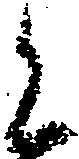
く